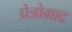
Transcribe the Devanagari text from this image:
प्रेत्रोग्राद